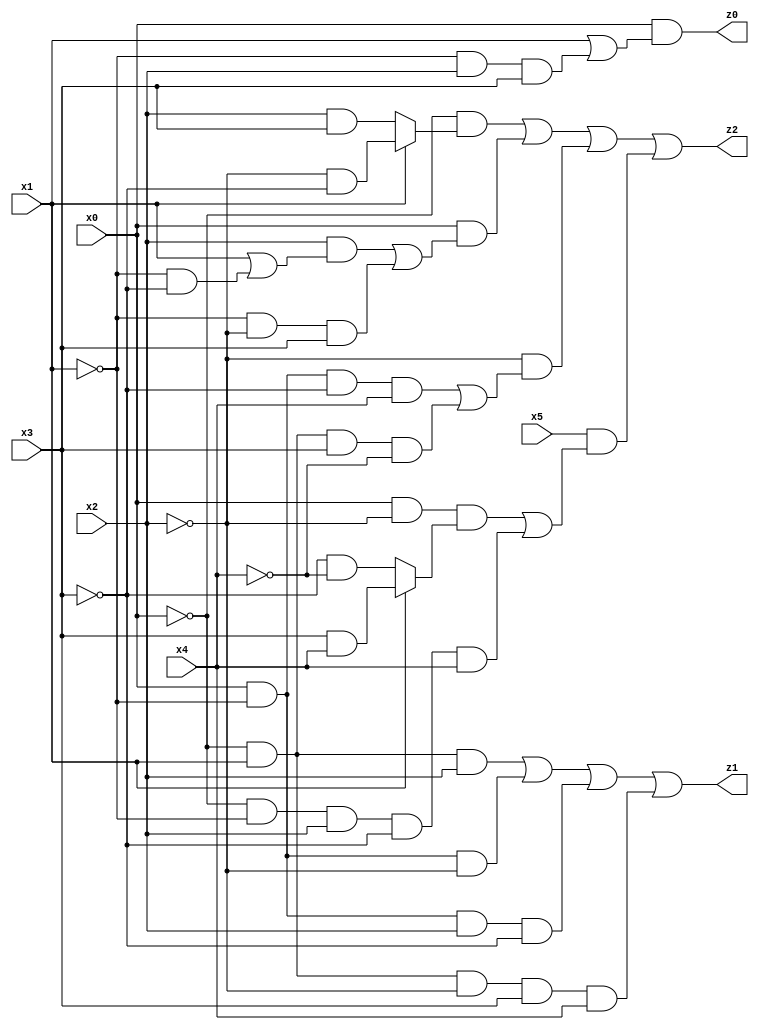
// Benchmark "quot" written by ABC on Tue Jul 11 03:27:26 2023

module quot ( 
    x0, x1, x2, x3, x4, x5,
    z0, z1, z2  );
  input  x0, x1, x2, x3, x4, x5;
  output z0, z1, z2;
  assign z0 = x0 & (x1 | (~x1 & x2 & x3));
  assign z1 = (~x0 & x1 & x2) | (x0 & ~x1 & ~x2) | (x0 & ~x1 & x2 & ~x3) | (~x0 & x1 & ~x2 & x3 & x4);
  assign z2 = (~x0 & (x1 ? (~x2 & ~x3) : (x2 & x3))) | (x0 & ((x2 & (x1 | (~x1 & ~x3))) | (~x1 & ~x2 & x3))) | (~x2 & ((x0 & ~x1 & ~x3 & x4) | (~x0 & x1 & x3 & ~x4))) | (x5 & ((x0 & ~x2 & (x1 ? (x3 & x4) : (~x3 & ~x4))) | (~x0 & ~x1 & x2 & ~x3 & x4)));
endmodule